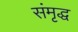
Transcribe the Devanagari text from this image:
संमृद्ध